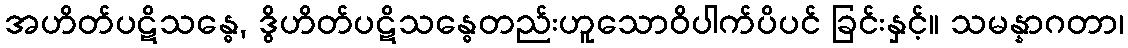
အဟိတ်ပဋိသန္ဓေ, ဒွိဟိတ်ပဋိသန္ဓေတည်းဟူသောဝိပါက်ပိပင် ခြင်းနှင့်။ သမန္နာဂတာ၊